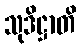
သုဒိဋ္ဌာတိ